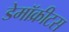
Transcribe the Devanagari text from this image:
डेमॉक्रीटस